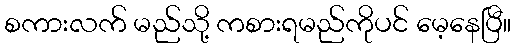
စကားလက် မည်သို့ ကစားရမည်ကိုပင် မေ့နေပြီ။